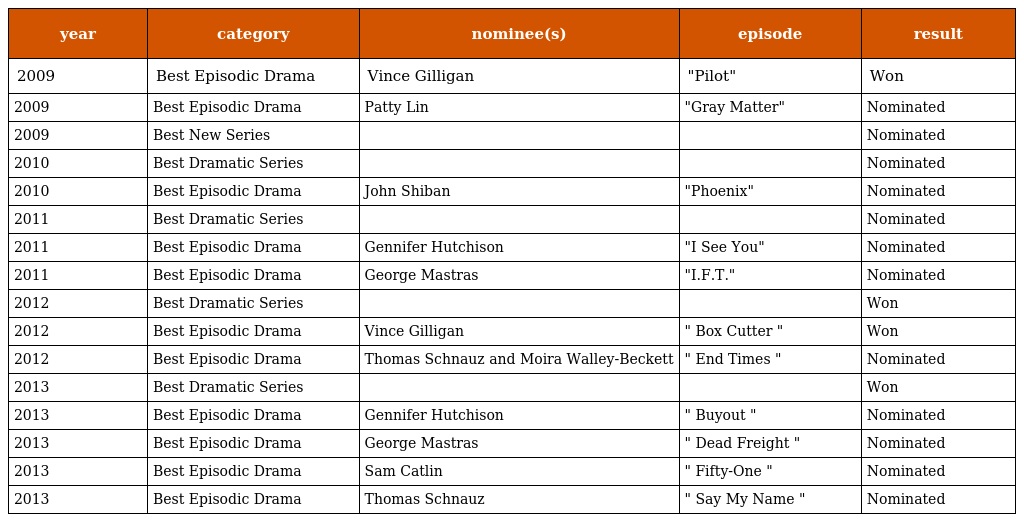
| year | category | nominee(s) | episode | result |
 | --- | --- | --- | --- | --- |
 | 2009 | Best Episodic Drama | Vince Gilligan | "Pilot" | Won |
 | 2009 | Best Episodic Drama | Patty Lin | "Gray Matter" | Nominated |
 | 2009 | Best New Series |  |  | Nominated |
 | 2010 | Best Dramatic Series |  |  | Nominated |
 | 2010 | Best Episodic Drama | John Shiban | "Phoenix" | Nominated |
 | 2011 | Best Dramatic Series |  |  | Nominated |
 | 2011 | Best Episodic Drama | Gennifer Hutchison | "I See You" | Nominated |
 | 2011 | Best Episodic Drama | George Mastras | "I.F.T." | Nominated |
 | 2012 | Best Dramatic Series |  |  | Won |
 | 2012 | Best Episodic Drama | Vince Gilligan | " Box Cutter " | Won |
 | 2012 | Best Episodic Drama | Thomas Schnauz and Moira Walley-Beckett | " End Times " | Nominated |
 | 2013 | Best Dramatic Series |  |  | Won |
 | 2013 | Best Episodic Drama | Gennifer Hutchison | " Buyout " | Nominated |
 | 2013 | Best Episodic Drama | George Mastras | " Dead Freight " | Nominated |
 | 2013 | Best Episodic Drama | Sam Catlin | " Fifty-One " | Nominated |
 | 2013 | Best Episodic Drama | Thomas Schnauz | " Say My Name " | Nominated |